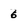
Character: 6